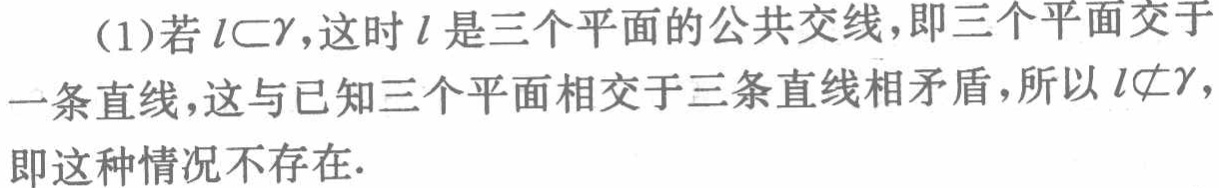
(1)若\(l\subset\gamma\)，这时\(l\)是三个平面的公共交线，即三个平面交于一条直线，这与已知三个平面相交于三条直线相矛盾，所以\(l\not\subset\gamma\)，即这种情况不存在.